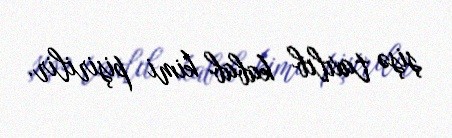
şişə taxılıb kabab kimi pişirilir.